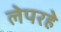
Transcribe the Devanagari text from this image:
लेपरहे